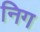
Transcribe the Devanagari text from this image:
निग